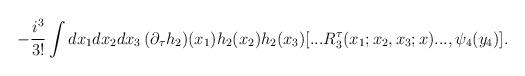
LaTeX: \begin{align*}-\frac{i^{3}}{3!}\int dx_{1}dx_{2}dx_{3}\,(\partial _{\tau}h_{2})(x_{1})h_{2}(x_{2})h_{2}(x_{3})[...R_{3}^{\tau}(x_{1};x_{2},x_{3};x)...,\psi _{4}(y_{4})]. \end{align*}